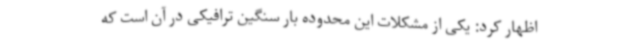
اظهار کرد: یکی از مشکلات این محدوده بار سنگین ترافیکی در آن است که